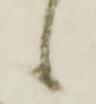
候